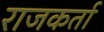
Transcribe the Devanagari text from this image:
राजकर्ता